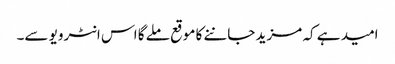
امید ہے کہ مزید جاننے کا موقع ملے گا اس انٹرویو سے۔